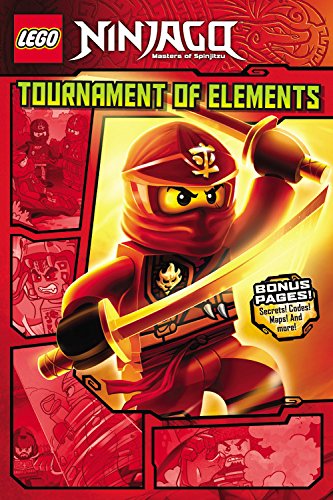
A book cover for LEGO Ninjago: Tournament of Elements (Graphic Novel #1) (Lego Ninjago Masters of Spinjitzu); Greg Farshtey; Children's Books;